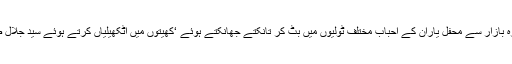
ٹھیک ۲۱ بجے پکورہ پہنچ گئے،پکورہ بازار سے محفل یاران کے احباب مختلف ٹولیوں میں بٹ کر تانکتے جھانکتے ہوئے ‘کھیتوں میں اٹکھیلیاں کرتے ہوئے سید جلال صاحب کے دولت کدے میں پہنچ گئے۔